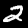
Digit: 2